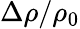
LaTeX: \Delta\rho/\rho_{0}